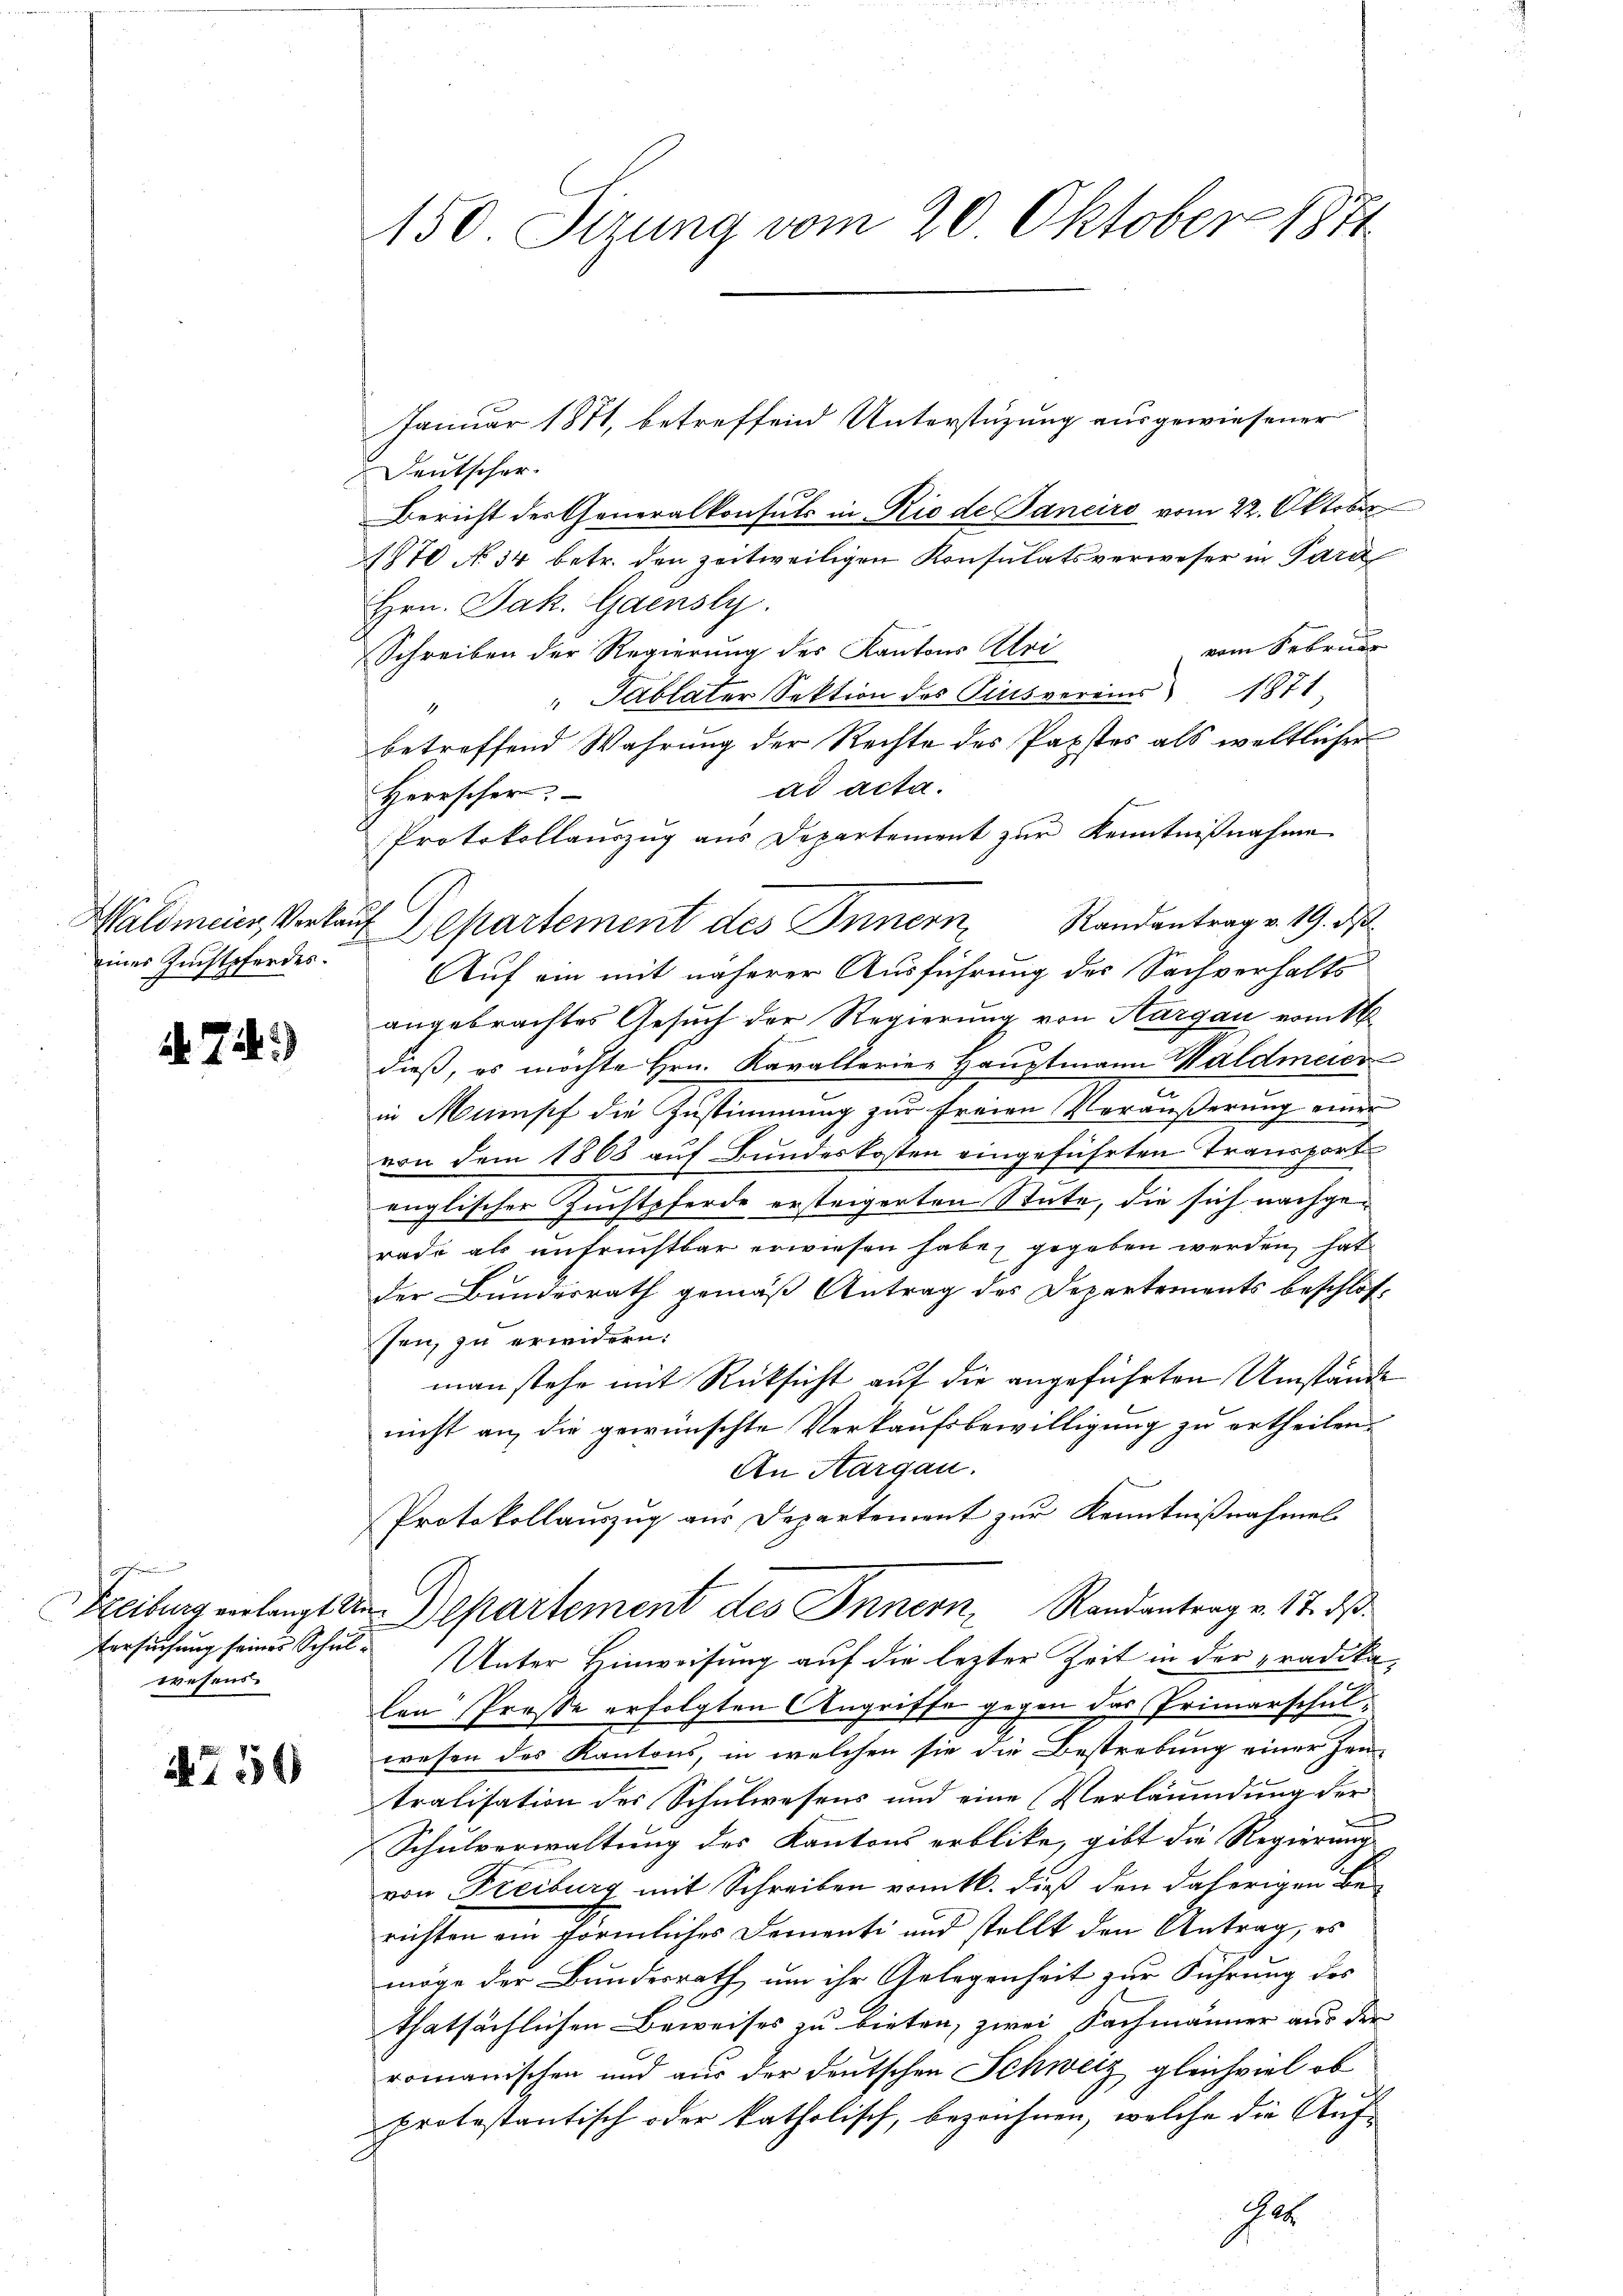
Waldmeier, Verkan
eines Zuchtpferdes.

74.)

s
wesens

27 50

150. Sizung vom 20. Oktober 1871

Januar 1871, betreffend Unterstüzung ausgewiesener
Deutscher
Bericht des Generalkonsuls in Rio de Panciro vom 22. Oktober
1870 No 34 betr. den zeitweiligen Konsulatsverweser in Para
Hrn. Jak. Gaensly.
 vom Februar
Schreiben der Regierung des Kantons Uri
" Tablater Sektion des Pinsvereins 1871
betreffend Wahrung der Rechte des Papstes als weltlicher
ad acta.
Herrscher.
Protokollauszug aus Departement zur Kenntnißnahme
ch
Departement des Innern Randantrag v. 19. ds
Auf ein mit näherer Ausführung des Sachverhalts
angebrachtes Gesuch der Regierung von Aargau ermitt
dieß, es möchte Hrn. Kavallerier Hauptmann Waldmeier
in Mumpf die Zustimmung zur freien Veräußerung einer
von dem 1868 auf Bundeskosten eingeführten Transport
englischer Zuchtpferde ersteigerten Stute, die sich nachgerade als unfruchtbar erwiesen habe, gegeben werden, hat
der Bundesrath gemäß Antrag des Departements beschlossen, zu erwidern.
man stehe mit Rücksicht auf die angeführten Umstände
nicht an die gewünschte Verkaufsbewilligung zu ertheilen.
An Aargau.
Protokollauszug aus Departement zur Kenntnißnahmel
Freibung erlangt der Departement des Innern, Randantrag v. 17. d.
Ersuchung seines Schul- Unter Hinweisung auf die lezter Zeit in der pradikalen Prose erfolgten Angriffe gegen das Primarschulwesen des Kantons, in welchen sie die Bestrebung einer Hen-
tralisation des Schulwesens und eine (Verläumdung der
Schulverwaltung des Kantons erblicke, gibt die Regierung
von Freiburg mit Schreiben vom 16. dieß den daherigen Berichten ein förmliches Dementi und stellt den Antrag, es
möge der Bundesrath, um ihr Gelegenheit zur Führung des
thatsächlichen Beweises zu bieten, zwei Fachmänner aus der
romanischen und aus der deutschen Schweiz gleichviel ob
protestantisch oder katholisch, bezeichnen, welche die Auf¬
Ge